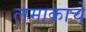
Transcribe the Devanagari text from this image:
लमाकाचे